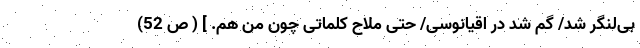
بی‌لنگر شد/ گم شد در اقیانوسی/ حتی ملّاح کلماتی چون من هم. ] ( ص 52)